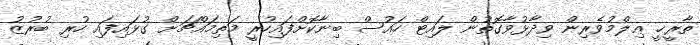
ތާރީޚީ ޢިލްމުވެރިން ވިދާޅުވާގޮތުން ލައިޓް ހައުސް ބިނާކޮށްފައިހުރީ މަތިމައްޗަށް ގުޅައިފައި ހުރި ބުރުޒު